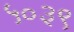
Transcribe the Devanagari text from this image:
५०३९